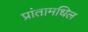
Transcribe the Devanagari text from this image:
प्रांतामधिल